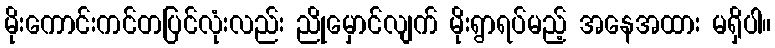
မိုးကောင်းကင်တပြင်လုံးလည်း ညိုမှောင်လျက် မိုးရွာရပ်မည့် အနေအထား မရှိပါ။